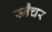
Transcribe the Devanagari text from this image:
स्नैचर